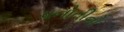
પનોતીનો